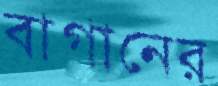
বাগানের